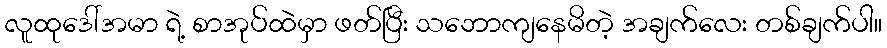
လူထုဒေါ်အမာ ရဲ့ စာအုပ်ထဲမှာ ဖတ်ပြီး သဘောကျနေမိတဲ့ အချက်လေး တစ်ချက်ပါ။